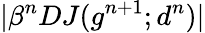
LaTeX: |\beta^{n}DJ(g^{n+1};d^{n})|